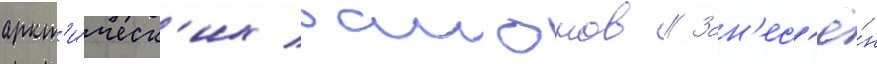
аркт'и́ческ'их раионов // Зан'ес'ё́н